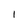
Character: l